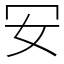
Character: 𠕷